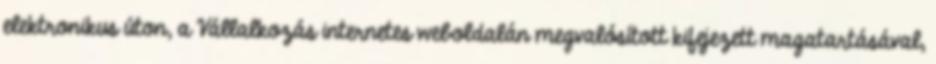
elektronikus úton, a Vállalkozás internetes weboldalán megvalósított kifejezett magatartásával,